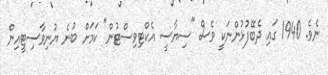
ނެވެ. 1940 ގައި ދެބޭފުޅުންނަކީ ވެސް "ސިޔާސީ އެކްޓިވިސްޓުން" ކަމަށް ބުނެ ޔުނިވާސިޓީއިން